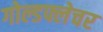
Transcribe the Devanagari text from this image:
गोल्डफ्लेचर